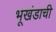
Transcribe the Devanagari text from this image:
भूखंडाची